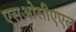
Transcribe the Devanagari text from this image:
एसओसीएएल